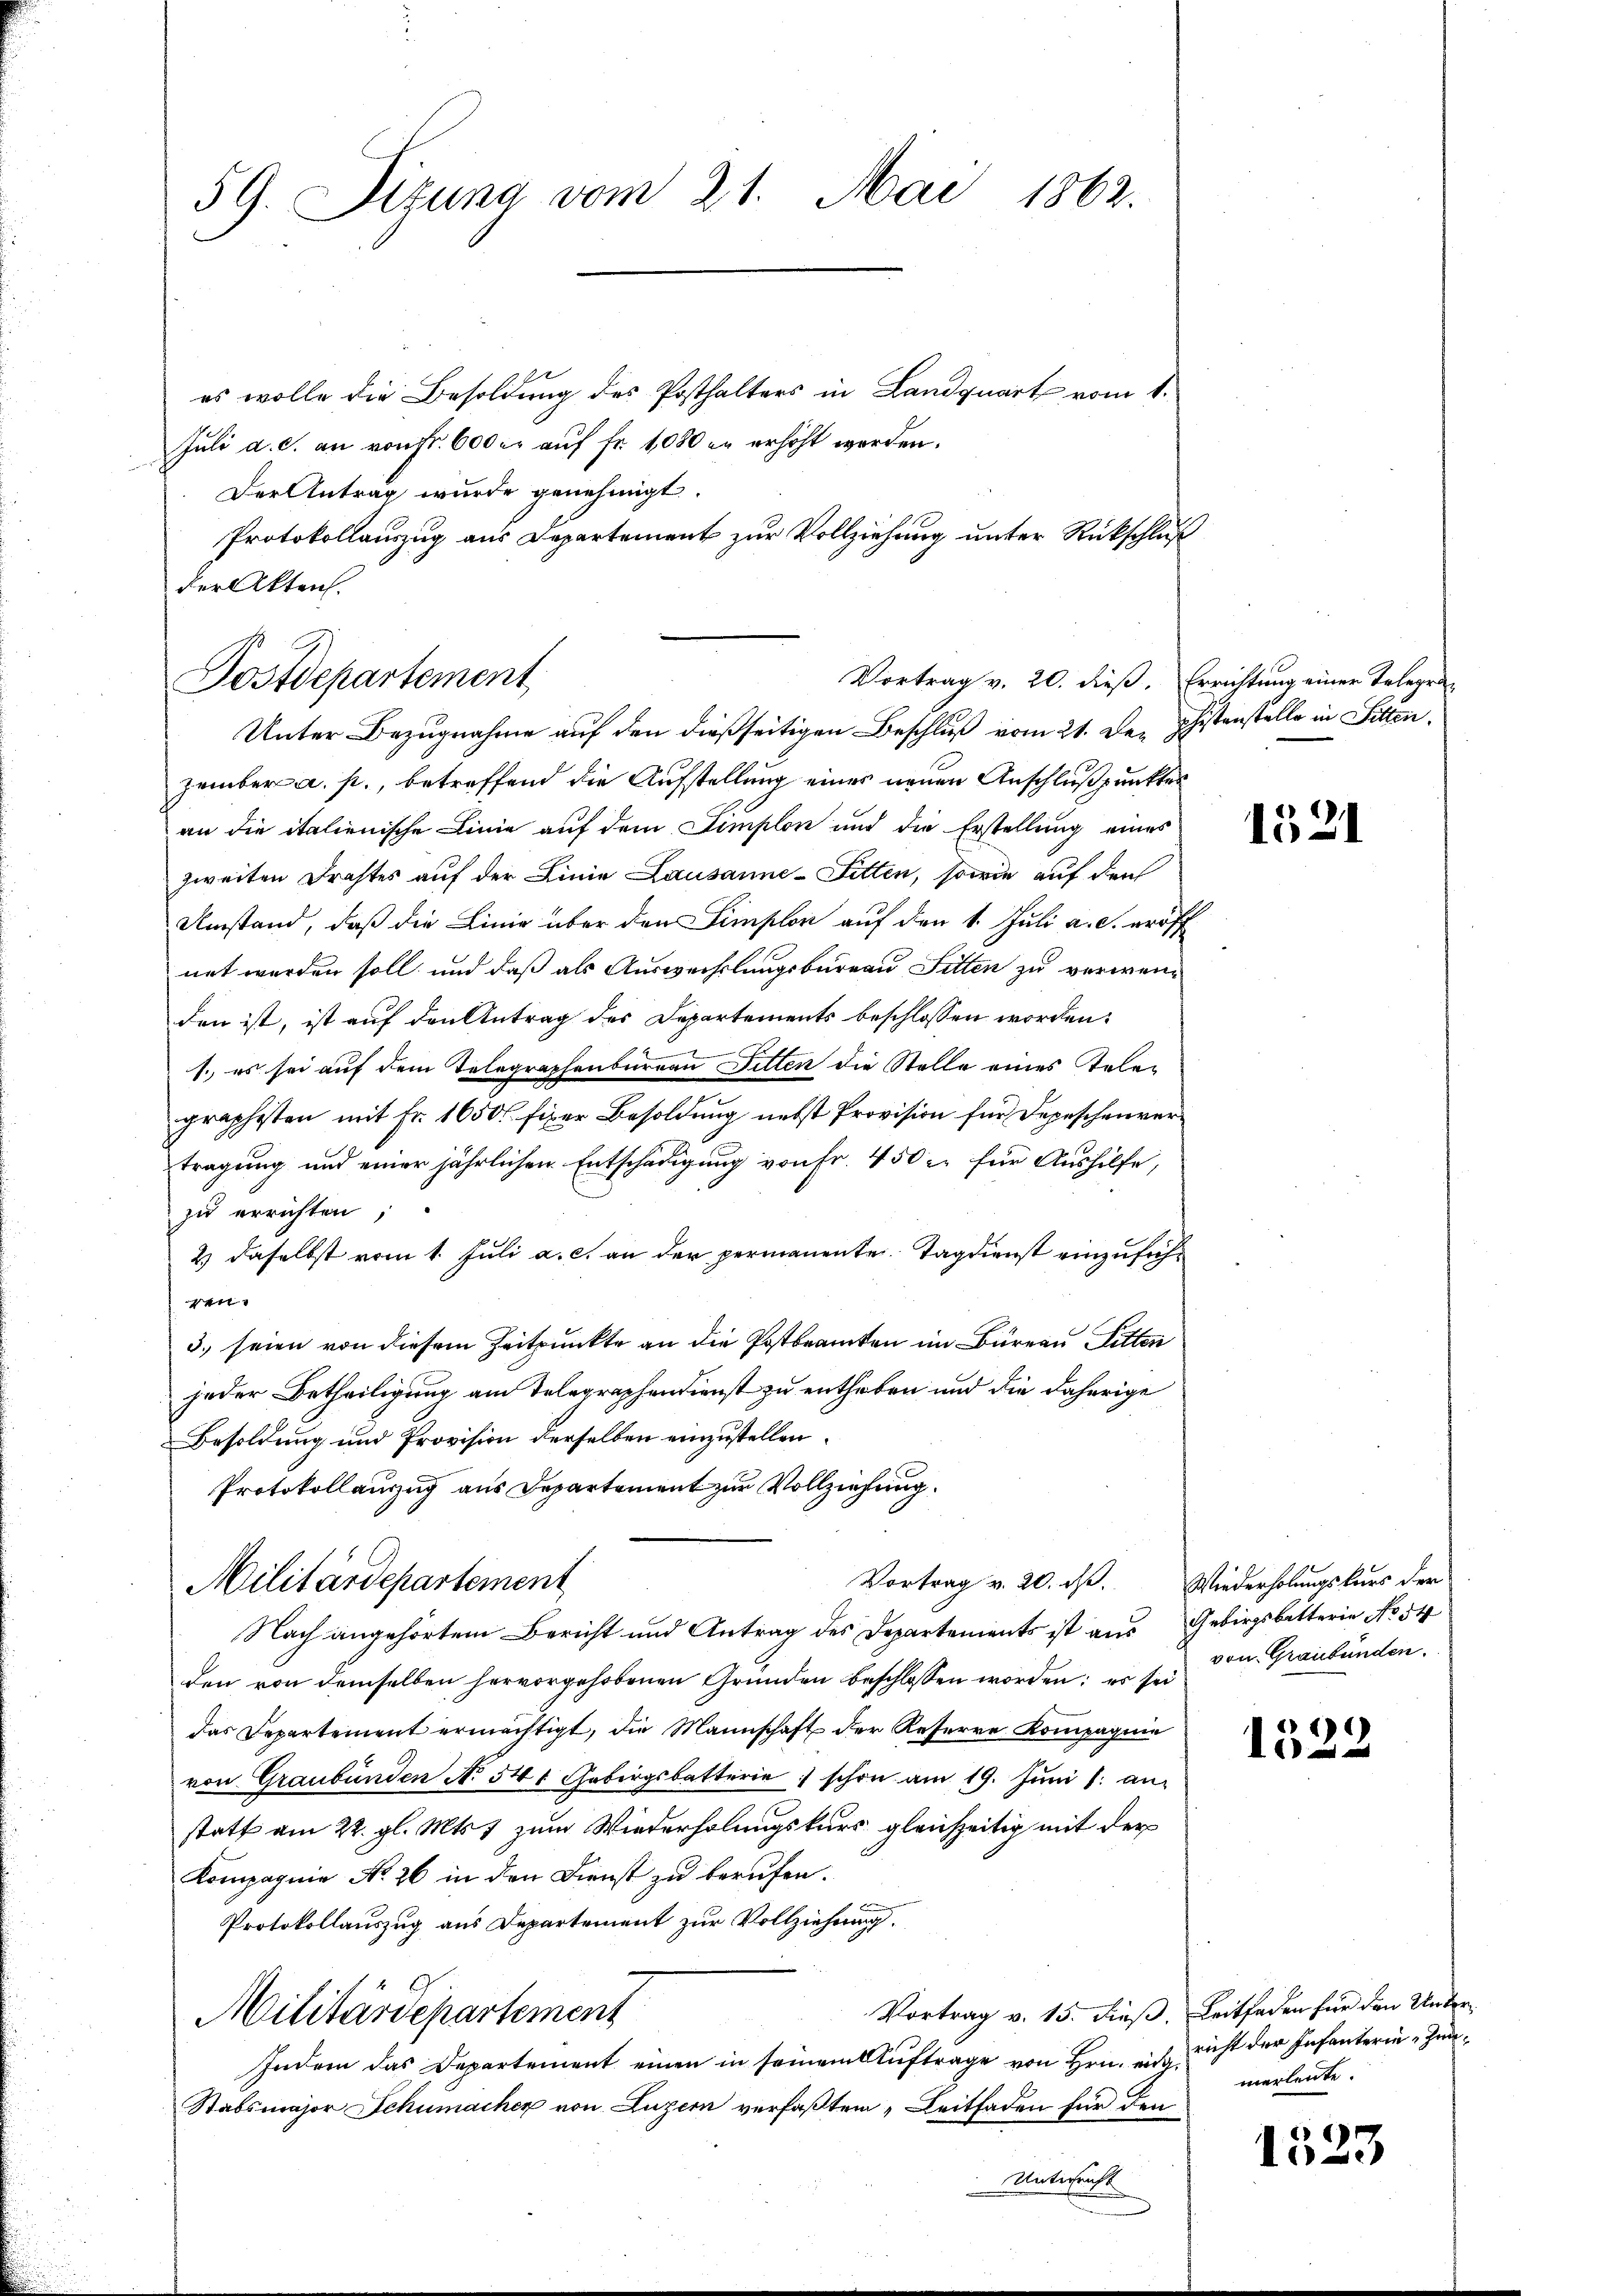
59. Sitzung vom 21. Mai 1862.

es wolle die Besoldung des Posthalters in Landquart vom 1.
Juli a. c. an von Fr. 600 er auf fr. 1080 in erhöht werden.
Der Antrag wurde genehmigt.
Protokollauszug aus Departement zur Vollziehung unter Rückschluß
Unter Bezugnahme auf den dießseitigen Beschluß vom 21. Der phistenstelle in Sitten,
zember a. p., betreffend die Aufstellung eines neuen Anschlußpunktes
an die italienische Linie auf dem Simplon und die Erstellung eines
zweiten Drahtes auf der Linie Lausanne-Fitten, sowie auf den
Umstand, daß die Linie über den Simplon auf den 1. Juli a. c. eröff
net worden soll und daß als Auswechslungsbureau Sitten zu verwenden ist, ist auf den Antrag des Departements beschlossen worden.
1., es sei auf dem Telegraphenbureau Filten die Stelle eines Telegraphisten mit Fr. 1650 fixer Besoldung nebst Provision für Depeschenvertragung und einer jährlichen Entschädigung von Fr. 450 l. für Aushilfe,
zu errichten,
2) daselbst vom 1. Juli a. c. an der permanente. Tagdienst einzuführ
4
5. seien von diesem Zeitpunkte an die Postbranten im Bureau Ritten
jeder Betheiligung am Telegraphendienst zu entheben und die daherige
Besoldung und Provision derselben einzustellen.
Protokollauszug aus Departement zur Vollziehung.
Vortrag v. 20. ds. Wiederholungskurs der
Militärdepartement
Nach angehörtem Bericht und Antrag des Departements ist aus Gebirgsbetterie No 54
den von demselben hervorgehobenen Gründen beschlossen worden; es sei
das Departement ermächtigt, die Mannschaft der Reserre Kompagnie
von Graubünden No 54f Gebirgsbatterie schon am 19. Jŭni l. an-
statt am 22. gl. Mts. 1 zum Wiederholungskurs gleichzeitig mit der
Kompagnie No 26 in den Dienst zu berufen.
Protokollauszug aus Departement zur Vollziehung
Vortrag v. 15. dieß. Leitfaden für den Unter¬
Militärdepartement
Indem das Departement einen in seinem Aŭftrage von Hrn. eidg.
Stabsmajor Schumacher von Luzern verfaßten „Leitfaden für den
Unterreicht

der Akten.
Postdepartement
Vortrag v. 20. dieβ. Errichtung einer Telegen

1521

von Graubünden.

1522

richt der Infanterie Zinmerleute.

1523